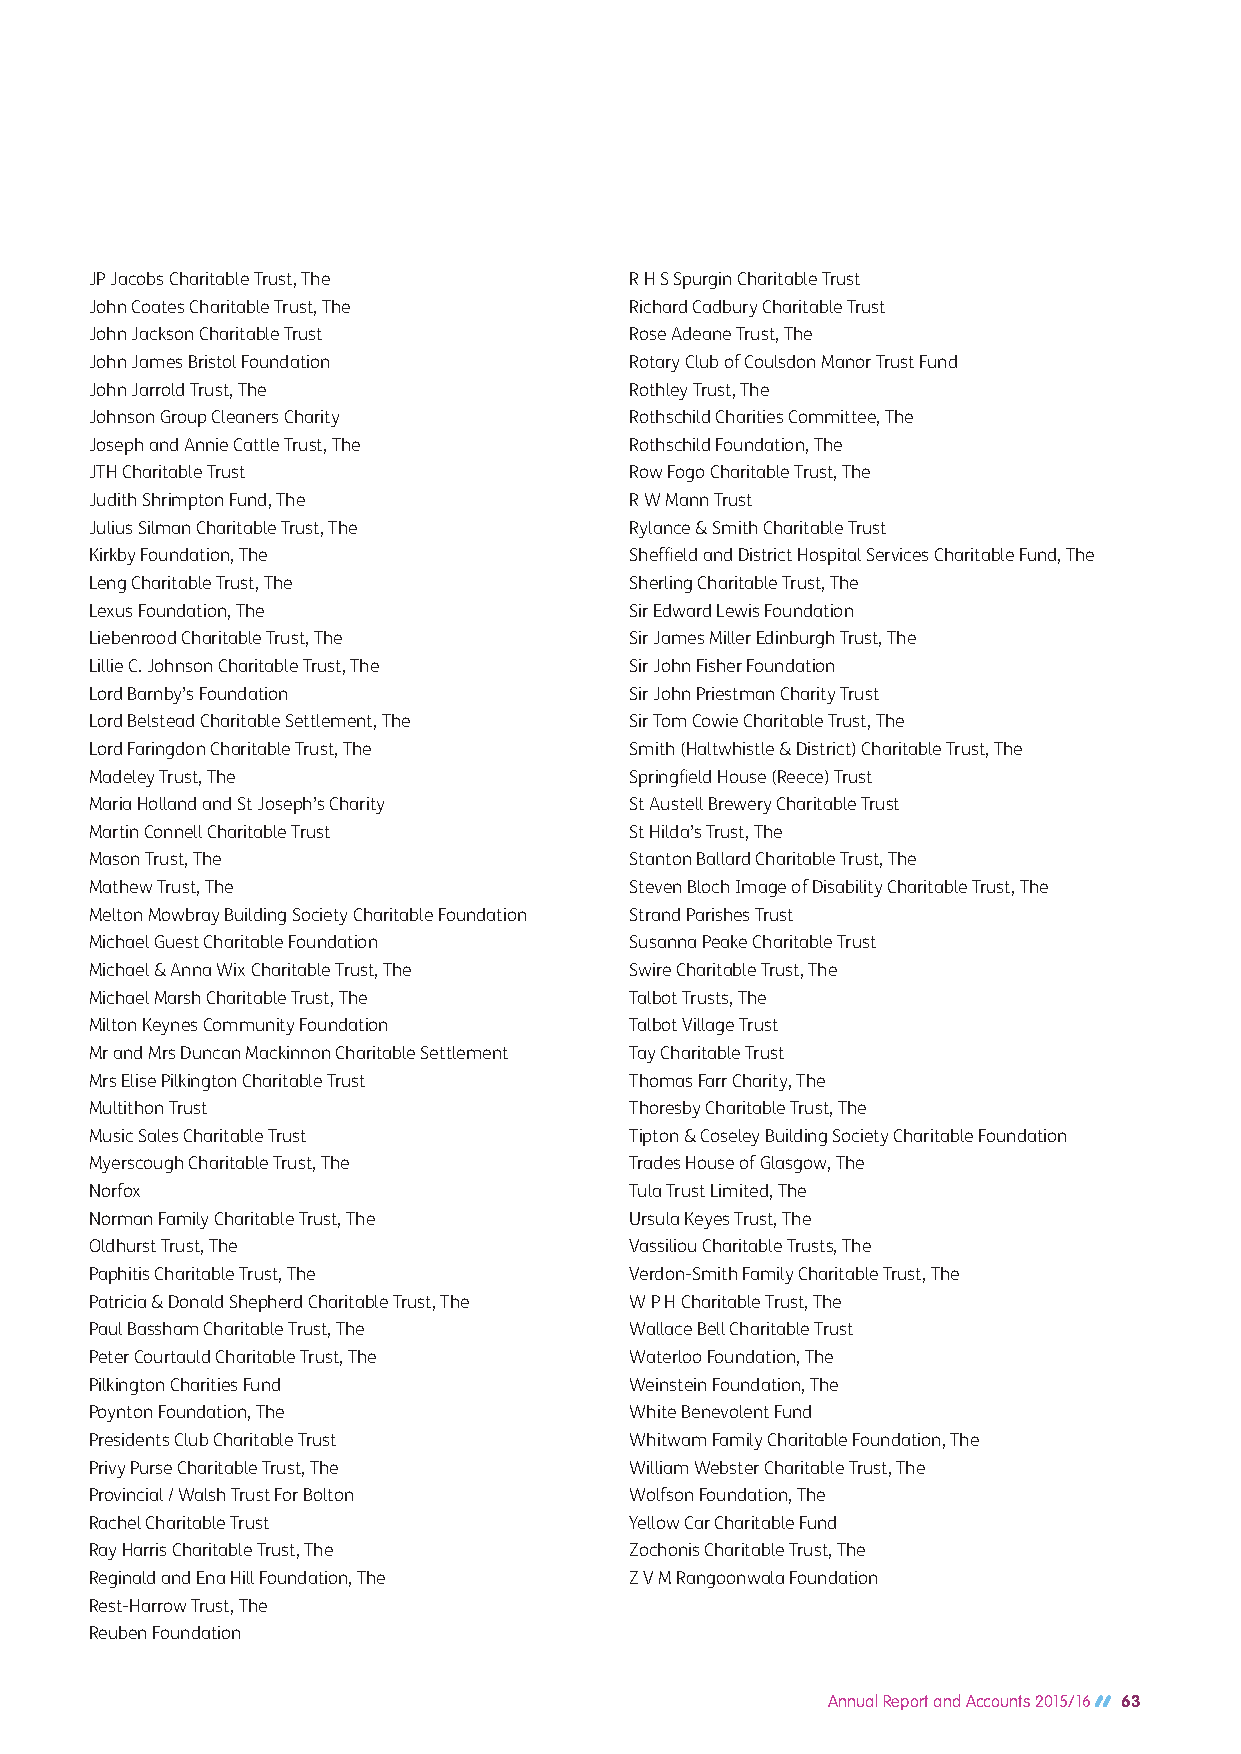
JP Jacobs Charitable Trust, The     R H S Spurgin Charitable Trust
 John Coates Charitable Trust, The   Richard Cadbury Charitable Trust
 John Jackson Charitable Trust       Rose Adeane Trust, The
 John James Bristol Foundation       Rotary Club of Coulsdon Manor Trust Fund
 John Jarrold Trust, The             Rothley Trust, The
 Johnson Group Cleaners Charity      Rothschild Charities Committee, The
 Joseph and Annie Cattle Trust, The  Rothschild Foundation, The
 JTH Charitable Trust                Row Fogo Charitable Trust, The
 Judith Shrimpton Fund, The          R W Mann Trust
 Julius Silman Charitable Trust, The Rylance & Smith Charitable Trust
 Kirkby Foundation, The              Sheffield and District Hospital Services Charitable Fund, The
 Leng Charitable Trust, The          Sherling Charitable Trust, The
 Lexus Foundation, The               Sir Edward Lewis Foundation
 Liebenrood Charitable Trust, The    Sir James Miller Edinburgh Trust, The
 Lillie C. Johnson Charitable Trust, The Sir John Fisher Foundation
 Lord Barnby’s Foundation            Sir John Priestman Charity Trust
 Lord Belstead Charitable Settlement, The Sir Tom Cowie Charitable Trust, The
 Lord Faringdon Charitable Trust, The Smith (Haltwhistle & District) Charitable Trust, The
 Madeley Trust, The                  Springfield House (Reece) Trust
 Maria Holland and St Joseph’s Charity St Austell Brewery Charitable Trust
 Martin Connell Charitable Trust     St Hilda’s Trust, The
 Mason Trust, The                    Stanton Ballard Charitable Trust, The
 Mathew Trust, The                   Steven Bloch Image of Disability Charitable Trust, The
 Melton Mowbray Building Society Charitable Foundation Strand Parishes Trust
 Michael Guest Charitable Foundation Susanna Peake Charitable Trust
 Michael & Anna Wix Charitable Trust, The Swire Charitable Trust, The
 Michael Marsh Charitable Trust, The Talbot Trusts, The
 Milton Keynes Community Foundation  Talbot Village Trust
 Mr and Mrs Duncan Mackinnon Charitable Settlement Tay Charitable Trust
 Mrs Elise Pilkington Charitable Trust Thomas Farr Charity, The
 Multithon Trust                     Thoresby Charitable Trust, The
 Music Sales Charitable Trust        Tipton & Coseley Building Society Charitable Foundation
 Myerscough Charitable Trust, The    Trades House of Glasgow, The
 Norfox                              Tula Trust Limited, The
 Norman Family Charitable Trust, The Ursula Keyes Trust, The
 Oldhurst Trust, The                 Vassiliou Charitable Trusts, The
 Paphitis Charitable Trust, The      Verdon-Smith Family Charitable Trust, The
 Patricia & Donald Shepherd Charitable Trust, The W P H Charitable Trust, The
 Paul Bassham Charitable Trust, The  Wallace Bell Charitable Trust
 Peter Courtauld Charitable Trust, The Waterloo Foundation, The
 Pilkington Charities Fund           Weinstein Foundation, The
 Poynton Foundation, The             White Benevolent Fund
 Presidents Club Charitable Trust    Whitwam Family Charitable Foundation, The
 Privy Purse Charitable Trust, The   William Webster Charitable Trust, The
 Provincial / Walsh Trust For Bolton Wolfson Foundation, The
 Rachel Charitable Trust             Yellow Car Charitable Fund
 Ray Harris Charitable Trust, The    Zochonis Charitable Trust, The
 Reginald and Ena Hill Foundation, The Z V M Rangoonwala Foundation
 Rest-Harrow Trust, The
 Reuben Foundation
 Annual Report and Accounts 2015/16 63